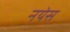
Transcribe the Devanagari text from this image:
नयेस